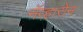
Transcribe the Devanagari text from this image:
नॅव्हारोन